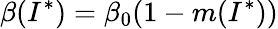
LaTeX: \beta(I^{*})=\beta_{0}(1-m(I^{*}))